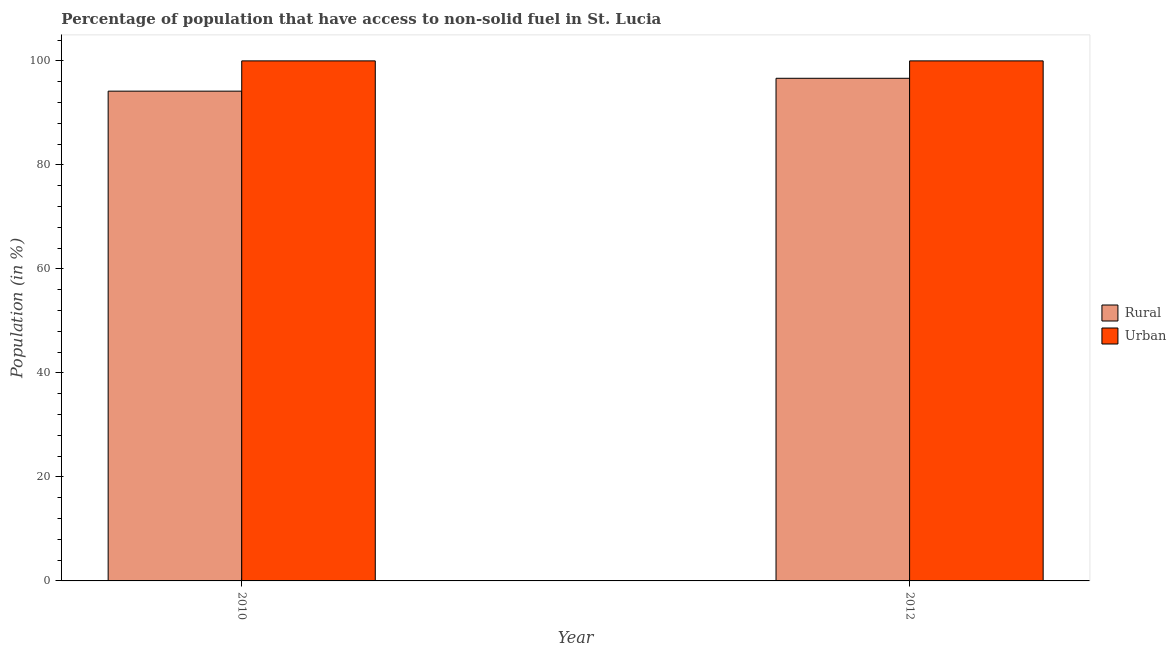
| Year | Rural | Urban |
 | --- | --- | --- |
 | 2010 | 94.2 | 100 |
 | 2012 | 96.7 | 100 |